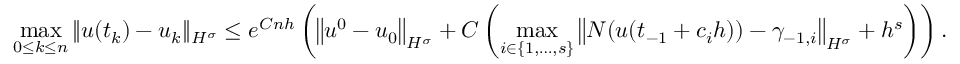
\operatorname* { m a x } _ { 0 \leq k \leq n } \| u ( t _ { k } ) - u _ { k } \| _ { H ^ { \sigma } } \leq e ^ { C n h } \left( \left\| u ^ { 0 } - u _ { 0 } \right\| _ { H ^ { \sigma } } + C \left( \operatorname* { m a x } _ { i \in \{ 1 , \dots , s \} } \left\| N ( u ( t _ { - 1 } + c _ { i } h ) ) - \gamma _ { - 1 , i } \right\| _ { H ^ { \sigma } } + h ^ { s } \right) \right) .